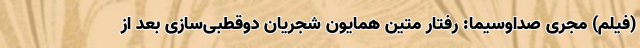
(فیلم) مجری صداوسیما: رفتار متین همایون شجریان دوقطبی‌سازی بعد از